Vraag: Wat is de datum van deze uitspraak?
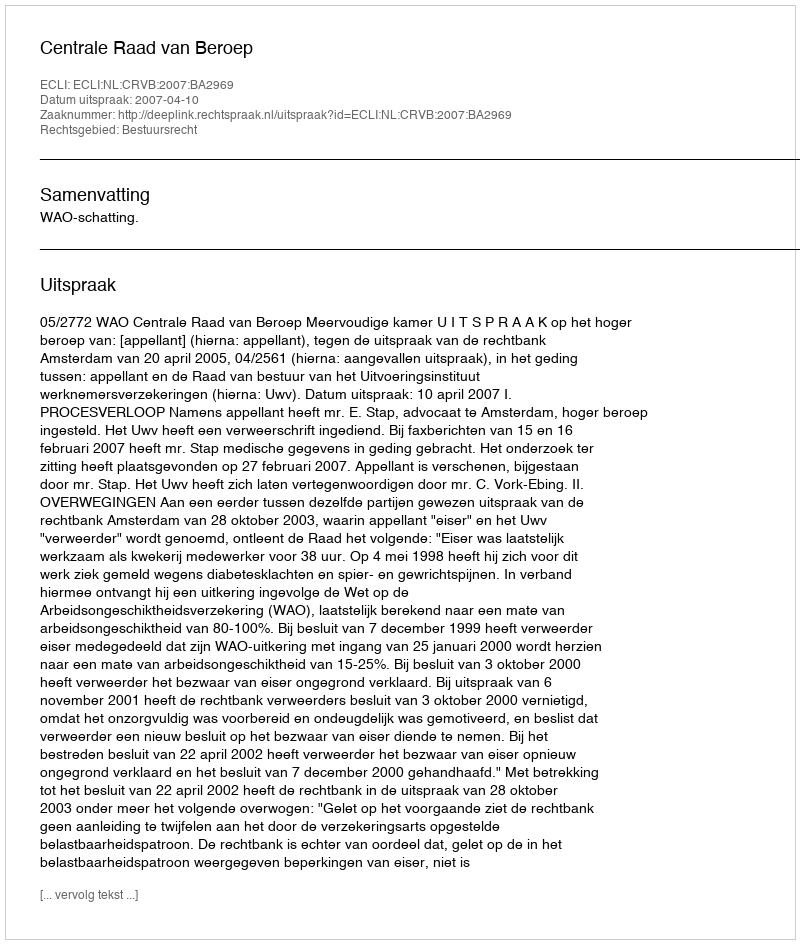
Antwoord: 2007-04-10